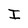
Character: I